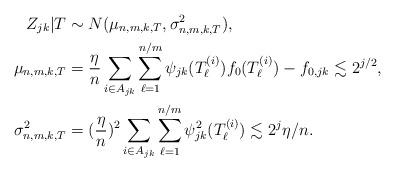
LaTeX: \begin{align*}Z_{jk}|T&\sim N (\mu_{n,m,k,T},\sigma^2_{n,m,k,T}),\qquad\\\mu_{n,m,k,T}&=\frac{\eta}{n}\sum_{i\in A_{jk}}\sum_{\ell=1}^{n/m}\psi_{jk}(T^{(i)}_{\ell})f_{0}(T^{(i)}_{\ell})-f_{0,jk}\lesssim 2^{j/2},\\\sigma^2_{n,m,k,T}&= (\frac{\eta}{n})^2\sum_{i\in A_{jk}}\sum_{\ell=1}^{n/m}\psi_{jk}^2(T^{(i)}_{\ell})\lesssim 2^j\eta/n.\end{align*}